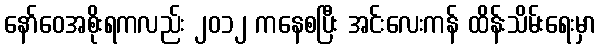
နော်ဝေအစိုးရကလည်း ၂၀၁၂ ကနေစပြီး အင်းလေးကန် ထိန်းသိမ်းရေးမှာ